Document type: Sale
Year: 1354
Scribe: Bernat de Torre
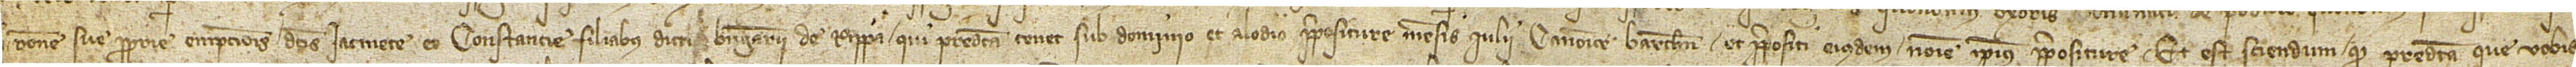
hiis ratione sue proprie empcionis dictis Iacmete et Constancie, filiabus dicti Berengarii de Rippa, qui predicta tenet sub dominio et alodio prepositure mensis iulii Canonice Barchinone et prepositi eiusdem nomine ipsius prepositure. Et est sciendum quod predicta que vobis